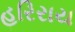
હરિરાય